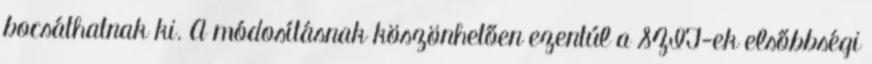
bocsáthatnak ki. A módosításnak köszönhetően ezentúl a SZIT-ek elsőbbségi